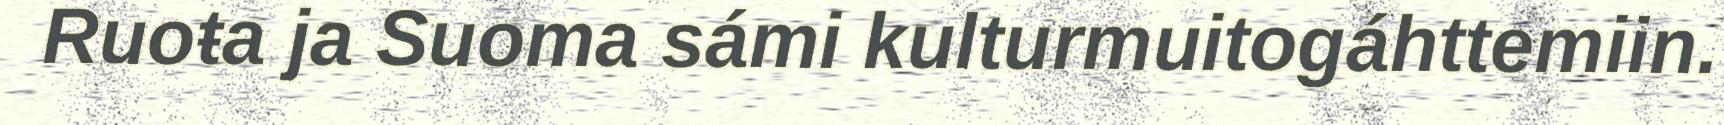
Ruoŧa ja Suoma sámi kulturmuitogáhttemiin.